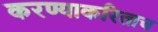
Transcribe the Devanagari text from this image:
करण्याकरिताच